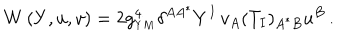
W \left( Y , u , v \right) = 2 g _ { _ { Y M } } ^ { 4 } \delta ^ { A A ^ { * } } Y ^ { I } \, v _ { A } ( T _ { I } ) _ { A ^ { * } B } u ^ { B } \, .